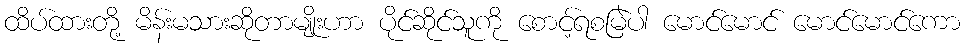
ထိပ်ထားတို့ မိန်းမသားဆိုတာမျိုးဟာ ပိုင်ဆိုင်သူကို စောင့်ရစမြဲပါ မောင်မောင် မောင်မောင်ကော